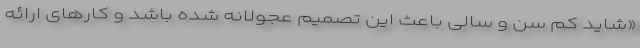
«شاید کم سن و سالی باعث این تصمیم عجولانه شده باشد و کارهای ارائه